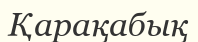
Қарақабық